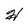
Character: H